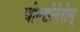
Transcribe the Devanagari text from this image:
चोल्छोनेरोस्